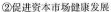
②促进资本市场健康发展